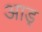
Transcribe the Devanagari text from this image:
आड्